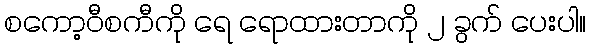
စကော့ဝီစကီကို ရေ ရောထားတာကို ၂ ခွက် ပေးပါ။